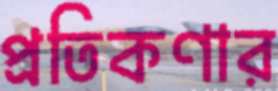
প্রতিকণার